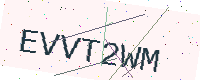
Text: EVVT2WM